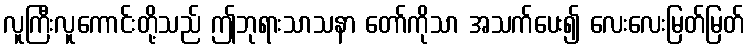
လူကြီးလူကောင်းတို့သည် ဤဘုရားသာသနာ တော်ကိုသာ အသက်ပေး၍ လေးလေးမြတ်မြတ်